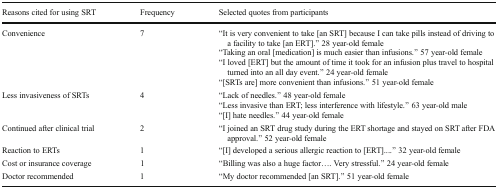
<table><thead><tr><td><b>Reasons cited for using SRT</b></td><td><b>Frequency</b></td><td><b>Selected quotes from participants</b></td></tr></thead><tbody><tr><td>Convenience</td><td>7</td><td>“It is very convenient to take [an SRT] because I can take pills instead of driving to a facility to take [an ERT].” 28 year-old female“Taking an oral [medication] is much easier than infusions.” 57 year-old female“I loved [ERT] but the amount of time it took for an infusion plus travel to hospital turned into an all day event.” 24 year-old female“[SRTs are] more convenient than infusions.” 51 year-old female</td></tr><tr><td>Less invasiveness of SRTs</td><td>4</td><td>“Lack of needles.” 48 year-old female“Less invasive than ERT; less interference with lifestyle.” 63 year-old male“[I] hate needles.” 44 year-old female</td></tr><tr><td>Continued after clinical trial</td><td>2</td><td>“I joined an SRT drug study during the ERT shortage and stayed on SRT after FDA approval.” 52 year-old female</td></tr><tr><td>Reaction to ERTs</td><td>1</td><td>“[I] developed a serious allergic reaction to [ERT]....” 32 year-old female</td></tr><tr><td>Cost or insurance coverage</td><td>1</td><td>“Billing was also a huge factor.... Very stressful.” 24 year-old female</td></tr><tr><td>Doctor recommended</td><td>1</td><td>“My doctor recommended [an SRT].” 51 year-old female</td></tr></tbody></table>